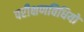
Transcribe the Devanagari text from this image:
परीक्षणविधियों